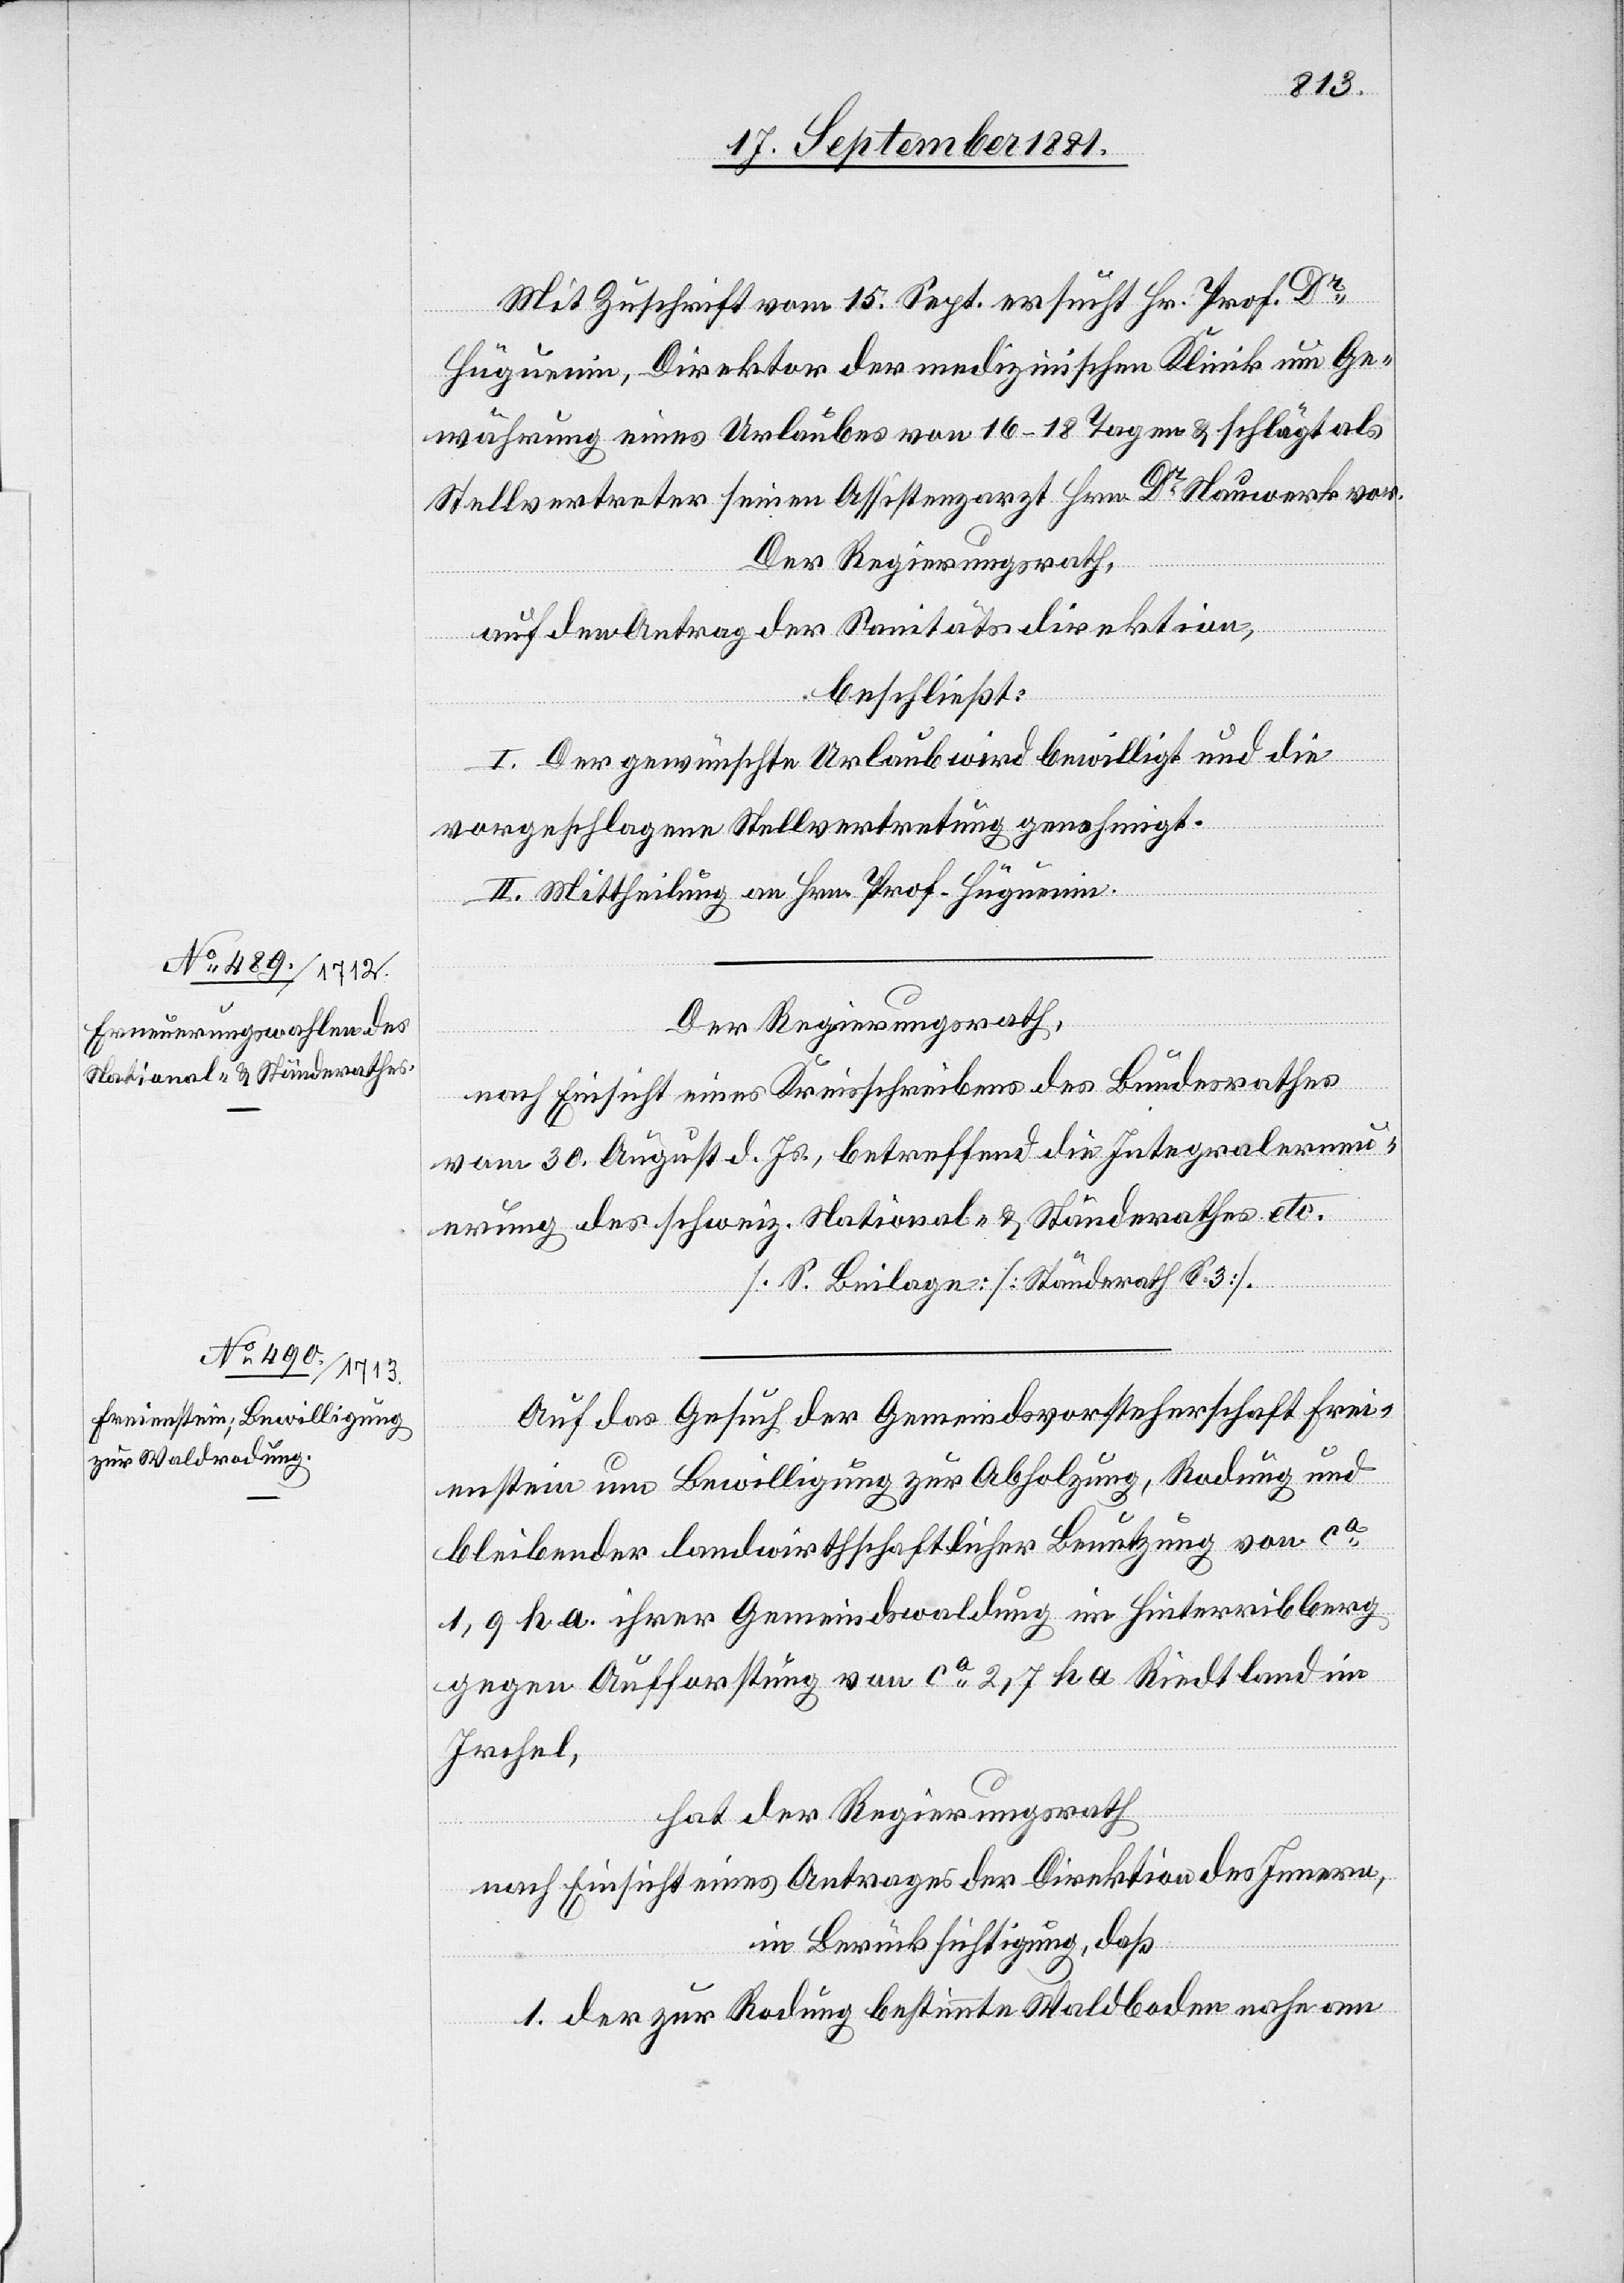
Mit Zuschrift vom 15. Sept. ersucht Hr. Prof. Dr
Hüguenin, Direktor der medizinischen Klinik um Ge¬
währung eines Urlaubes von 16–18 Tagen & schlägt als
Stellvertreter seinen Assistenzarzt Hrn. Dr Nauwerk vor.
Der Regierungsrath,
auf den Antrage der Sanitätsdirektion,
beschließt:
I. Der gewünschte Urlaub wird bewilligt und die
vorgeschlagene Stellvertretung genehmigt.
II. Mittheilung an Hrn. Prof. Hüguenin.
Auf das Gesuch der Gemeindevorsteherschaft Frei¬
enstein um Bewilligung zur Abholzung, Rodung und
bleibender landwirthschaftlicher Benutzung von ca
1,9 ha ihrer Gemeindswaldung im Hinterriebberg
gegen Aufforstung von ca 2,7 ha Riedtland im
Irchel,
hat der Regierungsrath
nach Einsicht eines Antrages der Direktion des Innern,
in Berücksichtigung, daß
1. der zur Rodung bestimmte Waldboden nahe am